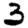
Digit: 3